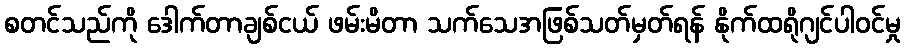
စတင်သည်ကို ဒေါက်တာချစ်ငယ် ဖမ်းမိတာ သက်သေအဖြစ်သတ်မှတ်ရန် နိုက်ထရိုဂျင်ပါဝင်မှု